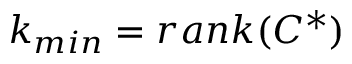
k _ { m i n } = r a n k ( C ^ { * } )